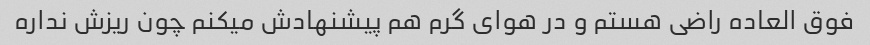
فوق العاده راضی هستم و در هوای گرم هم پیشنهادش میکنم چون ریزش نداره